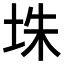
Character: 𪣎